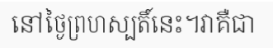
នៅថ្ងៃព្រហស្បតិ៍នេះ។វាគឺជា